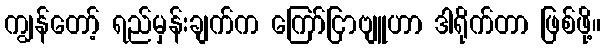
ကျွန်တော့် ရည်မှန်းချက်က ကြော်ငြာဗျူဟာ ဒါရိုက်တာ ဖြစ်ဖို့။